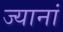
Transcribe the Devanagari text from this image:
ज्यानां